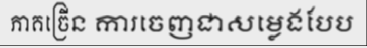
ភាគច្រើន ការចេញជាសម្លេងបែប